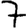
Digit: 7